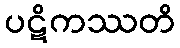
ပဋိကဿတိ